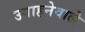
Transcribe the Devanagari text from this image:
उगाहनेवाले